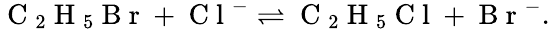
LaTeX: \mathrm{~C~}_{2}\mathrm{~H~}_{5}\mathrm{~B~r~}+\mathrm{~C~l~}^{-}\rightleftharpoons\mathrm{~C~}_{2}\mathrm{~H~}_{5}\mathrm{~C~l~}+\mathrm{~B~r~}^{-}.